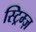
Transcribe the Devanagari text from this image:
स्ट्रिम्ज़